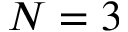
N = 3